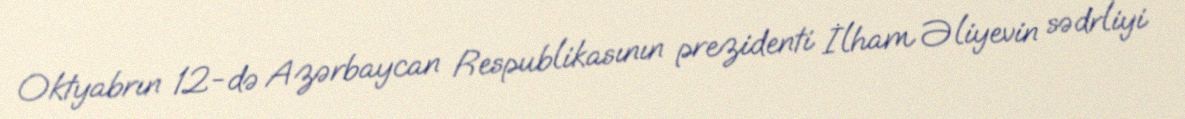
Oktyabrın 12-də Azərbaycan Respublikasının prezidenti İlham Əliyevin sədrliyi